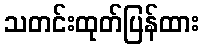
သတင်းထုတ်ပြန်ထား